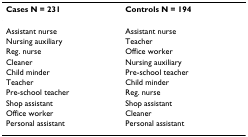
| Cases N = 231 | Controls N = 194 |
 | --- | --- |
 | Assistant nurse | Assistant nurse |
 | Nursing auxiliary | Teacher |
 | Reg. nurse | Office worker |
 | Cleaner | Nursing auxiliary |
 | Child minder | Pre-school teacher |
 | Teacher | Child minder |
 | Pre-school teacher | Reg. nurse |
 | Shop assistant | Shop assistant |
 | Office worker | Cleaner |
 | Personal assistant | Personal assistant |